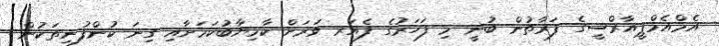
އެމްއެމްޕީއާރްސީގެ ފަރާތުން ބުނީ މި ފަހަރުގެ ފެއަރ ވަރަށް ކާމިޔާބުކަމަށާއި ގިނަ ކުންފުނިތަކުން